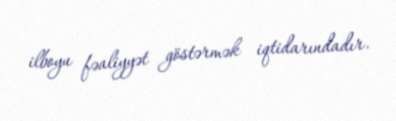
ilboyu fəaliyyət göstərmək iqtidarındadır.